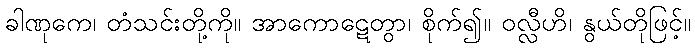
ခါဏုကေ၊ တံသင်းတို့ကို။ အာကောဋေတွာ၊ စိုက်၍။ ဝလ္လီဟိ၊ နွယ်တိုဖြင့်။